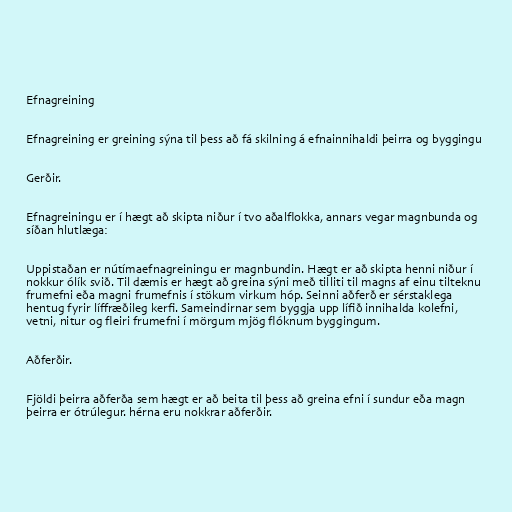
Efnagreining

Efnagreining er greining sýna til þess að fá skilning á efnainnihaldi þeirra og byggingu

Gerðir.

Efnagreiningu er í hægt að skipta niður í tvo aðalflokka, annars vegar magnbunda og
síðan hlutlæga:

Uppistaðan er nútímaefnagreiningu er magnbundin. Hægt er að skipta henni niður í
nokkur ólík svið. Til dæmis er hægt að greina sýni með tilliti til magns af einu tilteknu
frumefni eða magni frumefnis í stökum virkum hóp. Seinni aðferð er sérstaklega
hentug fyrir líffræðileg kerfi. Sameindirnar sem byggja upp lífið innihalda kolefni,
vetni, nitur og fleiri frumefni í mörgum mjög flóknum byggingum.

Aðferðir.

Fjöldi þeirra aðferða sem hægt er að beita til þess að greina efni í sundur eða magn
þeirra er ótrúlegur. hérna eru nokkrar aðferðir.